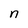
Character: n